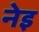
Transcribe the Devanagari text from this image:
नेइ